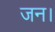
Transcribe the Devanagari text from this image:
जन।